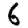
Digit: 6